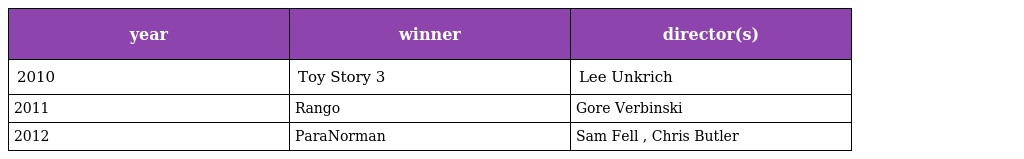
| year | winner | director(s) |
 | --- | --- | --- |
 | 2010 | Toy Story 3 | Lee Unkrich |
 | 2011 | Rango | Gore Verbinski |
 | 2012 | ParaNorman | Sam Fell , Chris Butler |